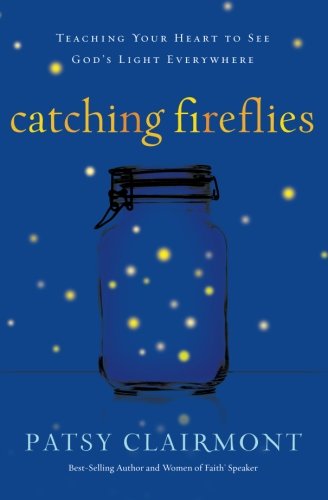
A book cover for Catching Fireflies: Teaching Your Heart to See God's Light Everywhere; Patsy Clairmont; Humor & Entertainment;